Bréfritari: Friðrika Thorarensen
Dagsetning: A-1867-06-08
Skrifað á: Naustum  Eyf.

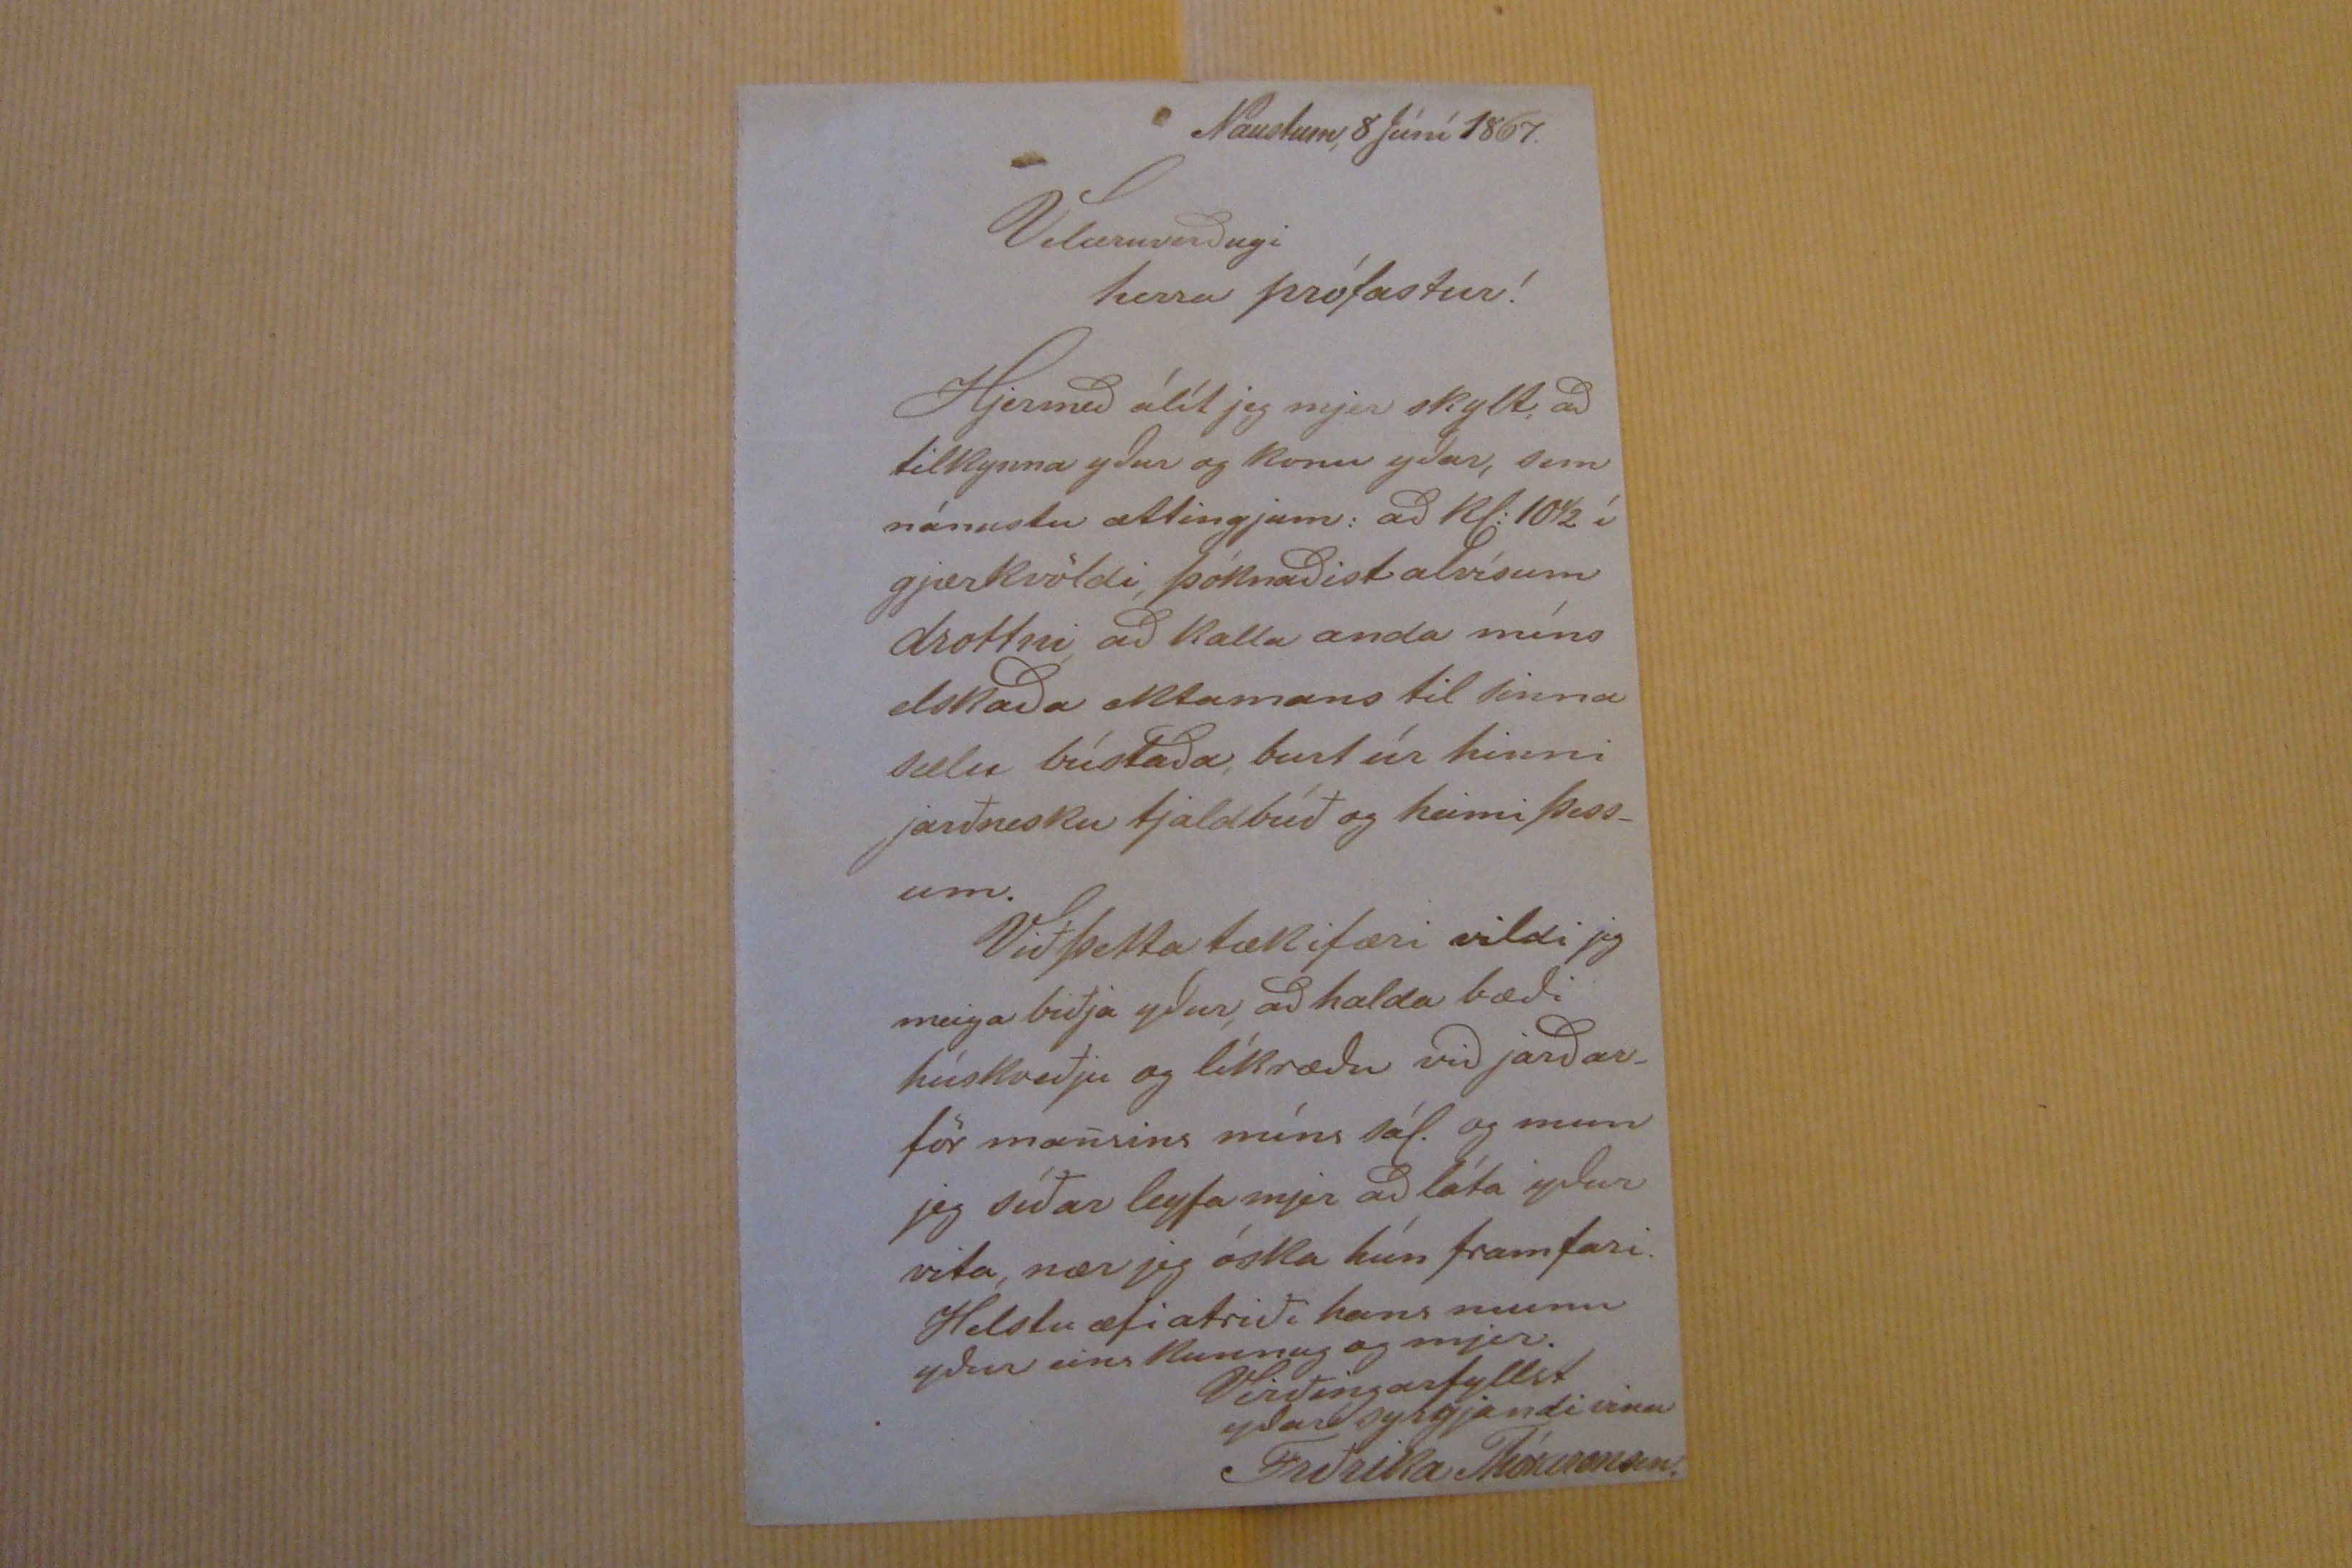

Naustum 8 júní 1867.
Velæruverðugi herra prófastur!
Hjermeð álít jeg mjer skylt að tilkynna yður og konu yðar, sem nánustu ættingjum: að kl: 10 1/2 í gjærkvöldi þóknaðist alvísum drottni að kalla anda míns elskaða ektamans til hinna sælu bústaða burt úr hinni jarðnesku tjaldbúð og heimi þess- um. Við þetta tækifæri vildi jeg meiga biðja yður að halda bæði húskveðju og líkræðu við jarðar_ för mannsins míns sál. og mun jeg síðar leyfa mjer að láta yður vita, nær jeg óska hún framfari. Helstu æfiatriði hans munn yður eins kunnug og mjer. Virðingarfyllst yðar syrgjandi vinur
Friðrika Thórarensen.